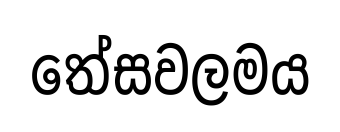
තේසවලමය